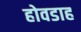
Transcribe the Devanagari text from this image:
होवडाह